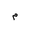
Letter: _mim